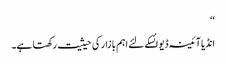
‘‘
انڈیا آئینہ ڈیوائسکے لئے اہم بازار کی حیثیت رکھتا ہے۔